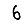
Digit: 6